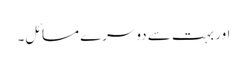
اور بہت سے دوسرے مسائل۔